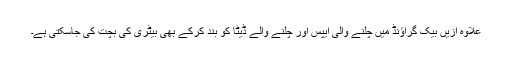
علاوہ ازیں بیک گراؤنڈ میں چلنے والی ایپس اور چلنے والے ڈیٹا کو بند کرکے بھی بیٹری کی بچت کی جاسکتی ہے۔